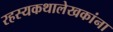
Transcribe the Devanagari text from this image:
रहस्यकथालेखकांना